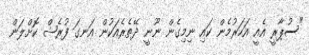
"ސުޕާރީީ އެއީ އަހަރުމެން ކައި ނިމިގެން ނޫނީ ދޭތެރެއަކުން އަނގަ ފުރެޝް ކޮށްލަން